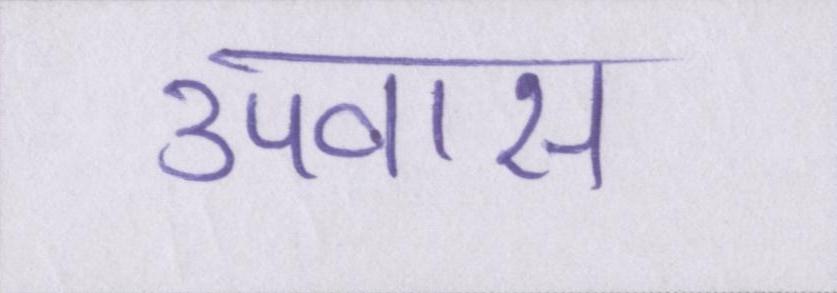
उपवास